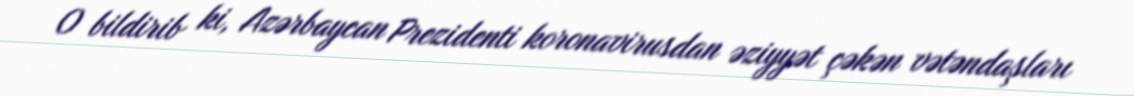
O bildirib ki, Azərbaycan Prezidenti koronavirusdan əziyyət çəkən vətəndaşları